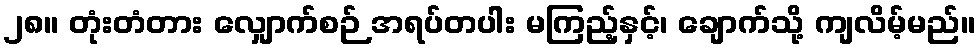
၂၈။ တုံးတံတား လျှောက်စဉ် အရပ်တပါး မကြည့်နှင့်၊ ချောက်သို့ ကျလိမ့်မည်။